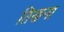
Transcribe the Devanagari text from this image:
तिखना